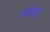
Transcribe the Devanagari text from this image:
फ़लकी